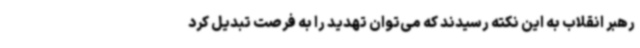
رهبر انقلاب به این نکته رسیدند که می‌توان تهدید را به فرصت تبدیل کرد